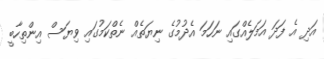
އަދި އެ ފަދަ އަމަލެއްގައި ނަހަމަ އެދުމުގެ ނިޔަތެއް ނެތްކަމުގައި ވިޔަސް އިންތިހާބީ